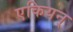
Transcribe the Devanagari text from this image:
एकियन्